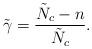
LaTeX: \begin{align*}\tilde{\gamma} = \frac{\tilde{N}_c-n}{\tilde{N}_c}.\end{align*}